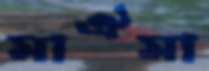
মাঐমা